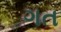
ગત